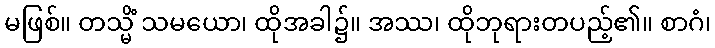
မဖြစ်။ တသ္မိံ သမယော၊ ထိုအခါ၌။ အဿ၊ ထိုဘုရားတပည့်၏။ စာဂံ၊